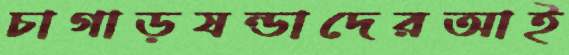
চাগাড়ষন্ডাদেরআই